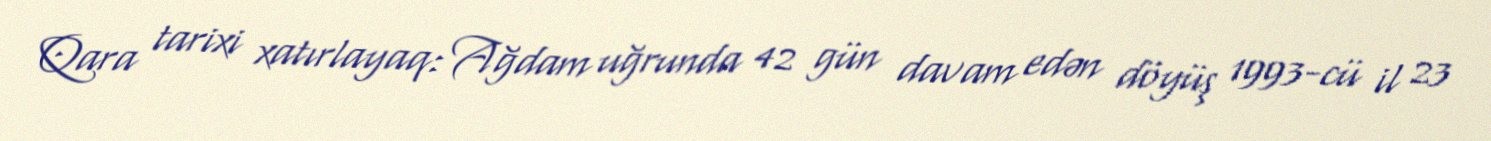
Qara tarixi xatırlayaq: Ağdam uğrunda 42 gün davam edən döyüş 1993-cü il 23